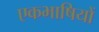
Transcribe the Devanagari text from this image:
एकभाषियों